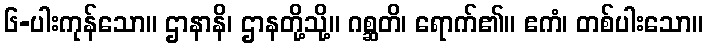
၆-ပါးကုန်သော။ ဌာနာနိ၊ ဌာနတို့သို့။ ဂစ္ဆတိ၊ ရောက်၏။ ဧကံ၊ တစ်ပါးသော။